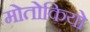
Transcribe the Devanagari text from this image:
मोतोकियो